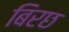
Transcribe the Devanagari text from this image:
बिरछ